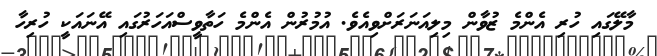
މާލޭގައި ހުރި އެންމެ ޒުވާން މިލިއަނަރަށްވިއެވެ. އުމުރުން އެންމެ ހަތާވީސްއަހަރުގައި އޭނައަކީ ހުރިހާ